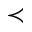
\prec